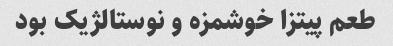
طعم پیتزا خوشمزه و نوستالژیک بود